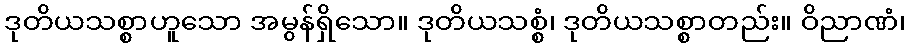
ဒုတိယသစ္စာဟူသော အမွန်ရှိသော။ ဒုတိယသစ္စံ၊ ဒုတိယသစ္စာတည်း။ ဝိညာဏံ၊